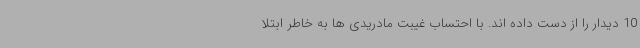
10 دیدار را از دست داده اند. با احتساب غیبت مادریدی ها به خاطر ابتلا